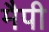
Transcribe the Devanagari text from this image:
मैपी